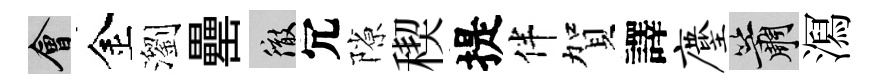
會金瀏罍徹冗隙稧提伴賀譯麈簫㵼